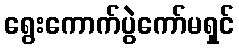
ရွေးကောက်ပွဲကော်မရှင်